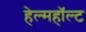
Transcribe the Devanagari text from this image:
हेल्महॉल्ट